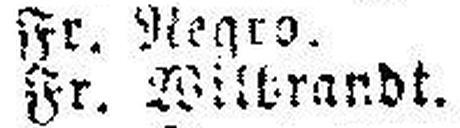
Fr. Wiltrandt.